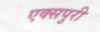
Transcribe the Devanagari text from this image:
एक्‍सपुरी